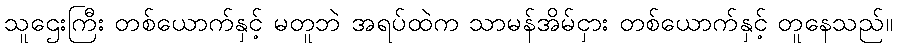
သူဌေးကြီး တစ်ယောက်နှင့် မတူဘဲ အရပ်ထဲက သာမန်အိမ်ငှား တစ်ယောက်နှင့် တူနေသည်။